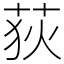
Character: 荻